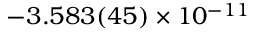
- 3 . 5 8 3 ( 4 5 ) \times 1 0 ^ { - 1 1 }